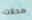
محلات